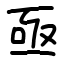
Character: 亟